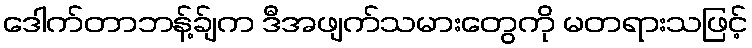
ဒေါက်တာဘန့်ခ်ျက ဒီအဖျက်သမားတွေကို မတရားသဖြင့်